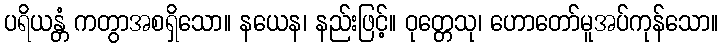
ပရိယန္တံ ကတွာအစရှိသော။ နယေန၊ နည်းဖြင့်။ ဝုတ္တေသု၊ ဟောတော်မူအပ်ကုန်သော။